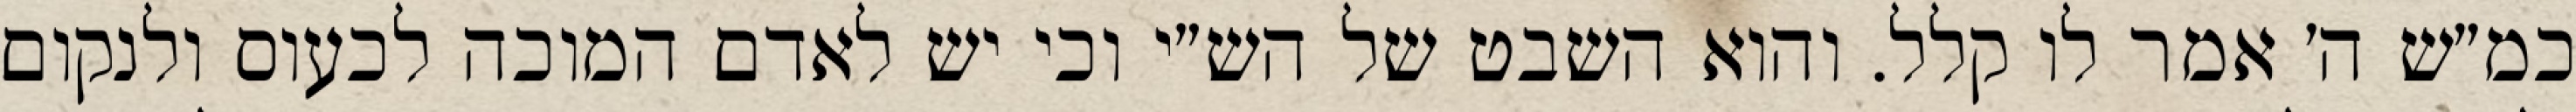
כמ״ש ה׳ אמר לו קלל. והוא השבט של הש״י וכי יש לאדם המוכה לכעוס ולנקום